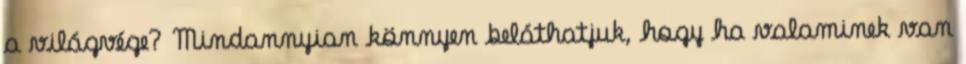
a világvége? Mindannyian könnyen beláthatjuk, hogy ha valaminek van